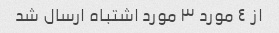
از ٤ مورد ٣ مورد اشتباه ارسال شد